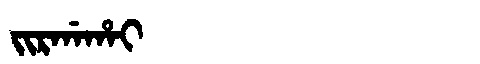
Manchu: ᠵᡳᡵᡤᠠᡥᠠᡳ
Romanization: JIRGAHAI